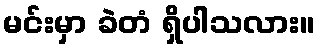
မင်းမှာ ခဲတံ ရှိပါသလား။